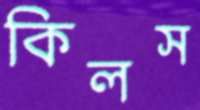
কিলস